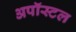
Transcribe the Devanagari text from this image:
अपॉस्टल